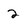
Character: 2